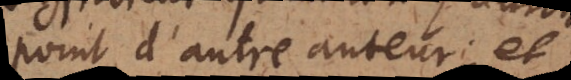
point d’autre auteur; et